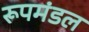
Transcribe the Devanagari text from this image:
रूपमंडल